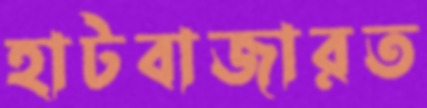
হাটবাজারত